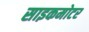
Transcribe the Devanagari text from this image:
साइकमोटर